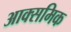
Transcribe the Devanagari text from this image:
आक्समिक